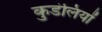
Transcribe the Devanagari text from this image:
कुडंलियों